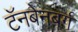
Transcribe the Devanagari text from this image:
टॅनबेनबर्ग